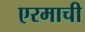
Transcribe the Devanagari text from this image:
एरमाची